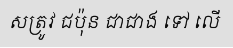
សត្រូវ ជប៉ុន ជាជាង ទៅ លើ